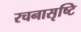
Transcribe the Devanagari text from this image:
रचनासृष्टि